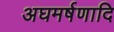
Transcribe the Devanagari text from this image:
अघमर्षणादि